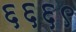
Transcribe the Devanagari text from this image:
६६६९